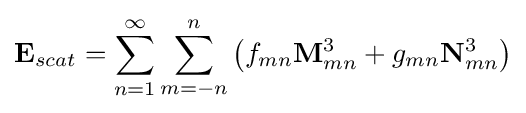
\mathbf {E} _{scat}=\sum _{n=1}^{\infty }\sum _{m=-n}^{n}\left(f_{mn}\mathbf {M} _{mn}^{3}+g_{mn}\mathbf {N} _{mn}^{3}\right)